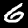
Digit: 6